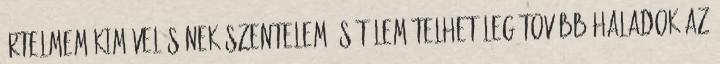
értelmem kiművelésének szentelem, s tőlem telhetőleg tovább haladok az